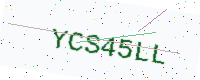
Text: YCS45LL